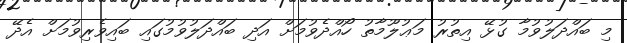
މި ބައްދަލުވުމާ ގުޅޭ އިތުރު މަޢުލޫމާތު ހޯއްދެވުމަށް އަދި ބައްދަލުވުމުގައި ބައިވެރިވުމަށް އެދޭ